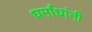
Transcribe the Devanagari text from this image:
धर्मांधांनी